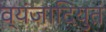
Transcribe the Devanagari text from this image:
व्यंजादियुतं